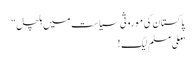
پاکستان کی موروثی سیاست میں ہلچل“
”ملی مسلم لیگ !